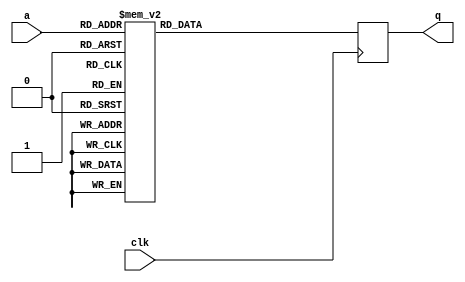
module tboxd4(input wire clk,
              input wire [7:0] a,
              output reg [7:0] q);

   always @(posedge clk)
     case (a)
	8'd0: q = 8'h52;
	8'd1: q = 8'h9;
	8'd2: q = 8'h6a;
	8'd3: q = 8'hd5;
	8'd4: q = 8'h30;
	8'd5: q = 8'h36;
	8'd6: q = 8'ha5;
	8'd7: q = 8'h38;
	8'd8: q = 8'hbf;
	8'd9: q = 8'h40;
	8'd10: q = 8'ha3;
	8'd11: q = 8'h9e;
	8'd12: q = 8'h81;
	8'd13: q = 8'hf3;
	8'd14: q = 8'hd7;
	8'd15: q = 8'hfb;
	8'd16: q = 8'h7c;
	8'd17: q = 8'he3;
	8'd18: q = 8'h39;
	8'd19: q = 8'h82;
	8'd20: q = 8'h9b;
	8'd21: q = 8'h2f;
	8'd22: q = 8'hff;
	8'd23: q = 8'h87;
	8'd24: q = 8'h34;
	8'd25: q = 8'h8e;
	8'd26: q = 8'h43;
	8'd27: q = 8'h44;
	8'd28: q = 8'hc4;
	8'd29: q = 8'hde;
	8'd30: q = 8'he9;
	8'd31: q = 8'hcb;
	8'd32: q = 8'h54;
	8'd33: q = 8'h7b;
	8'd34: q = 8'h94;
	8'd35: q = 8'h32;
	8'd36: q = 8'ha6;
	8'd37: q = 8'hc2;
	8'd38: q = 8'h23;
	8'd39: q = 8'h3d;
	8'd40: q = 8'hee;
	8'd41: q = 8'h4c;
	8'd42: q = 8'h95;
	8'd43: q = 8'hb;
	8'd44: q = 8'h42;
	8'd45: q = 8'hfa;
	8'd46: q = 8'hc3;
	8'd47: q = 8'h4e;
	8'd48: q = 8'h8;
	8'd49: q = 8'h2e;
	8'd50: q = 8'ha1;
	8'd51: q = 8'h66;
	8'd52: q = 8'h28;
	8'd53: q = 8'hd9;
	8'd54: q = 8'h24;
	8'd55: q = 8'hb2;
	8'd56: q = 8'h76;
	8'd57: q = 8'h5b;
	8'd58: q = 8'ha2;
	8'd59: q = 8'h49;
	8'd60: q = 8'h6d;
	8'd61: q = 8'h8b;
	8'd62: q = 8'hd1;
	8'd63: q = 8'h25;
	8'd64: q = 8'h72;
	8'd65: q = 8'hf8;
	8'd66: q = 8'hf6;
	8'd67: q = 8'h64;
	8'd68: q = 8'h86;
	8'd69: q = 8'h68;
	8'd70: q = 8'h98;
	8'd71: q = 8'h16;
	8'd72: q = 8'hd4;
	8'd73: q = 8'ha4;
	8'd74: q = 8'h5c;
	8'd75: q = 8'hcc;
	8'd76: q = 8'h5d;
	8'd77: q = 8'h65;
	8'd78: q = 8'hb6;
	8'd79: q = 8'h92;
	8'd80: q = 8'h6c;
	8'd81: q = 8'h70;
	8'd82: q = 8'h48;
	8'd83: q = 8'h50;
	8'd84: q = 8'hfd;
	8'd85: q = 8'hed;
	8'd86: q = 8'hb9;
	8'd87: q = 8'hda;
	8'd88: q = 8'h5e;
	8'd89: q = 8'h15;
	8'd90: q = 8'h46;
	8'd91: q = 8'h57;
	8'd92: q = 8'ha7;
	8'd93: q = 8'h8d;
	8'd94: q = 8'h9d;
	8'd95: q = 8'h84;
	8'd96: q = 8'h90;
	8'd97: q = 8'hd8;
	8'd98: q = 8'hab;
	8'd99: q = 8'h0;
	8'd100: q = 8'h8c;
	8'd101: q = 8'hbc;
	8'd102: q = 8'hd3;
	8'd103: q = 8'ha;
	8'd104: q = 8'hf7;
	8'd105: q = 8'he4;
	8'd106: q = 8'h58;
	8'd107: q = 8'h5;
	8'd108: q = 8'hb8;
	8'd109: q = 8'hb3;
	8'd110: q = 8'h45;
	8'd111: q = 8'h6;
	8'd112: q = 8'hd0;
	8'd113: q = 8'h2c;
	8'd114: q = 8'h1e;
	8'd115: q = 8'h8f;
	8'd116: q = 8'hca;
	8'd117: q = 8'h3f;
	8'd118: q = 8'hf;
	8'd119: q = 8'h2;
	8'd120: q = 8'hc1;
	8'd121: q = 8'haf;
	8'd122: q = 8'hbd;
	8'd123: q = 8'h3;
	8'd124: q = 8'h1;
	8'd125: q = 8'h13;
	8'd126: q = 8'h8a;
	8'd127: q = 8'h6b;
	8'd128: q = 8'h3a;
	8'd129: q = 8'h91;
	8'd130: q = 8'h11;
	8'd131: q = 8'h41;
	8'd132: q = 8'h4f;
	8'd133: q = 8'h67;
	8'd134: q = 8'hdc;
	8'd135: q = 8'hea;
	8'd136: q = 8'h97;
	8'd137: q = 8'hf2;
	8'd138: q = 8'hcf;
	8'd139: q = 8'hce;
	8'd140: q = 8'hf0;
	8'd141: q = 8'hb4;
	8'd142: q = 8'he6;
	8'd143: q = 8'h73;
	8'd144: q = 8'h96;
	8'd145: q = 8'hac;
	8'd146: q = 8'h74;
	8'd147: q = 8'h22;
	8'd148: q = 8'he7;
	8'd149: q = 8'had;
	8'd150: q = 8'h35;
	8'd151: q = 8'h85;
	8'd152: q = 8'he2;
	8'd153: q = 8'hf9;
	8'd154: q = 8'h37;
	8'd155: q = 8'he8;
	8'd156: q = 8'h1c;
	8'd157: q = 8'h75;
	8'd158: q = 8'hdf;
	8'd159: q = 8'h6e;
	8'd160: q = 8'h47;
	8'd161: q = 8'hf1;
	8'd162: q = 8'h1a;
	8'd163: q = 8'h71;
	8'd164: q = 8'h1d;
	8'd165: q = 8'h29;
	8'd166: q = 8'hc5;
	8'd167: q = 8'h89;
	8'd168: q = 8'h6f;
	8'd169: q = 8'hb7;
	8'd170: q = 8'h62;
	8'd171: q = 8'he;
	8'd172: q = 8'haa;
	8'd173: q = 8'h18;
	8'd174: q = 8'hbe;
	8'd175: q = 8'h1b;
	8'd176: q = 8'hfc;
	8'd177: q = 8'h56;
	8'd178: q = 8'h3e;
	8'd179: q = 8'h4b;
	8'd180: q = 8'hc6;
	8'd181: q = 8'hd2;
	8'd182: q = 8'h79;
	8'd183: q = 8'h20;
	8'd184: q = 8'h9a;
	8'd185: q = 8'hdb;
	8'd186: q = 8'hc0;
	8'd187: q = 8'hfe;
	8'd188: q = 8'h78;
	8'd189: q = 8'hcd;
	8'd190: q = 8'h5a;
	8'd191: q = 8'hf4;
	8'd192: q = 8'h1f;
	8'd193: q = 8'hdd;
	8'd194: q = 8'ha8;
	8'd195: q = 8'h33;
	8'd196: q = 8'h88;
	8'd197: q = 8'h7;
	8'd198: q = 8'hc7;
	8'd199: q = 8'h31;
	8'd200: q = 8'hb1;
	8'd201: q = 8'h12;
	8'd202: q = 8'h10;
	8'd203: q = 8'h59;
	8'd204: q = 8'h27;
	8'd205: q = 8'h80;
	8'd206: q = 8'hec;
	8'd207: q = 8'h5f;
	8'd208: q = 8'h60;
	8'd209: q = 8'h51;
	8'd210: q = 8'h7f;
	8'd211: q = 8'ha9;
	8'd212: q = 8'h19;
	8'd213: q = 8'hb5;
	8'd214: q = 8'h4a;
	8'd215: q = 8'hd;
	8'd216: q = 8'h2d;
	8'd217: q = 8'he5;
	8'd218: q = 8'h7a;
	8'd219: q = 8'h9f;
	8'd220: q = 8'h93;
	8'd221: q = 8'hc9;
	8'd222: q = 8'h9c;
	8'd223: q = 8'hef;
	8'd224: q = 8'ha0;
	8'd225: q = 8'he0;
	8'd226: q = 8'h3b;
	8'd227: q = 8'h4d;
	8'd228: q = 8'hae;
	8'd229: q = 8'h2a;
	8'd230: q = 8'hf5;
	8'd231: q = 8'hb0;
	8'd232: q = 8'hc8;
	8'd233: q = 8'heb;
	8'd234: q = 8'hbb;
	8'd235: q = 8'h3c;
	8'd236: q = 8'h83;
	8'd237: q = 8'h53;
	8'd238: q = 8'h99;
	8'd239: q = 8'h61;
	8'd240: q = 8'h17;
	8'd241: q = 8'h2b;
	8'd242: q = 8'h4;
	8'd243: q = 8'h7e;
	8'd244: q = 8'hba;
	8'd245: q = 8'h77;
	8'd246: q = 8'hd6;
	8'd247: q = 8'h26;
	8'd248: q = 8'he1;
	8'd249: q = 8'h69;
	8'd250: q = 8'h14;
	8'd251: q = 8'h63;
	8'd252: q = 8'h55;
	8'd253: q = 8'h21;
	8'd254: q = 8'hc;
	8'd255: q = 8'h7d;

     endcase // case (a)
endmodule